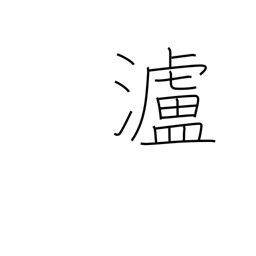
Meaning: name of river in China